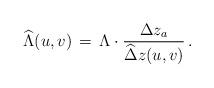
LaTeX: \begin{align*}\widehat\Lambda(u,v) \,=\, \Lambda \cdot \frac{\Delta z_a}{\widehat\Delta z(u,v)}\,.\end{align*}